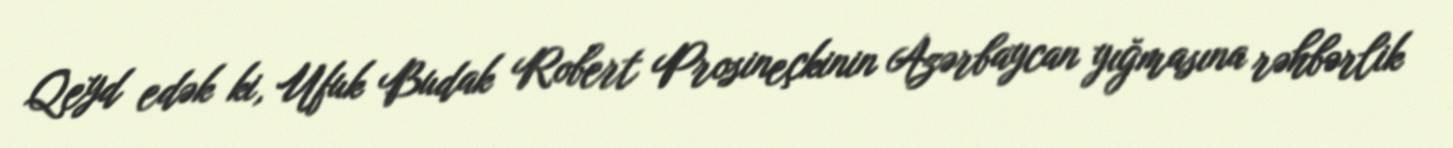
Qeyd edək ki, Ufuk Budak Robert Prosineçkinin Azərbaycan yığmasına rəhbərlik